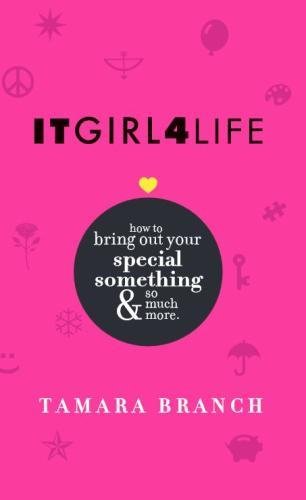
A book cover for ITGIRL4LIFE: How to bring out your special something and so much more.; Tamara Branch; Teen & Young Adult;